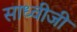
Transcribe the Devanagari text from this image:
साध्वीजी